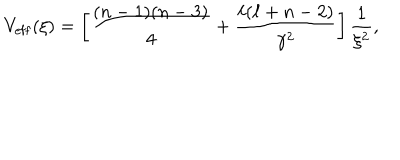
LaTeX: V _ { \mathrm { e f f } } ( \xi ) = \left[ \frac { ( n - 1 ) ( n - 3 ) } { 4 } + \frac { \ell ( \ell + n - 2 ) } { \gamma ^ { 2 } } \right] \frac { 1 } { \xi ^ { 2 } } ,